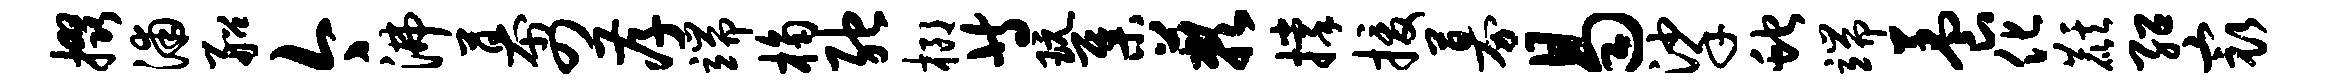
掇浦船今沸幕四孝端桷弛榔等玩集蔌撑援募曷挲蛇端养化麒绍最